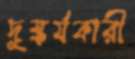
দুষ্কর্মকারী